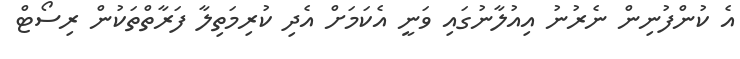
އެ ކުންފުނިން ނެރުނު އިއުލާނުގައި ވަނީ އެކަމަށް އެދި ކުރިމަތިލާ ފަރާތްތަކުން ރިސޯޓް